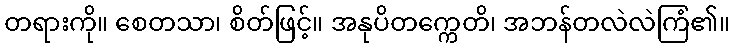
တရားကို။ စေတသာ၊ စိတ်ဖြင့်။ အနုပိတက္ကေတိ၊ အဘန်တလဲလဲကြံ၏။